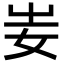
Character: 妛